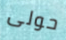
حولى